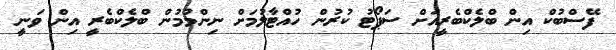
ފޭސްބުކް އިން ބްލެކްބެރީއަށް ސަޕޯޓު ކުރުން ހުއްޓާލުމަށް ނިންމުމުން ބްލެކްބެރީ އިން ވަނީ